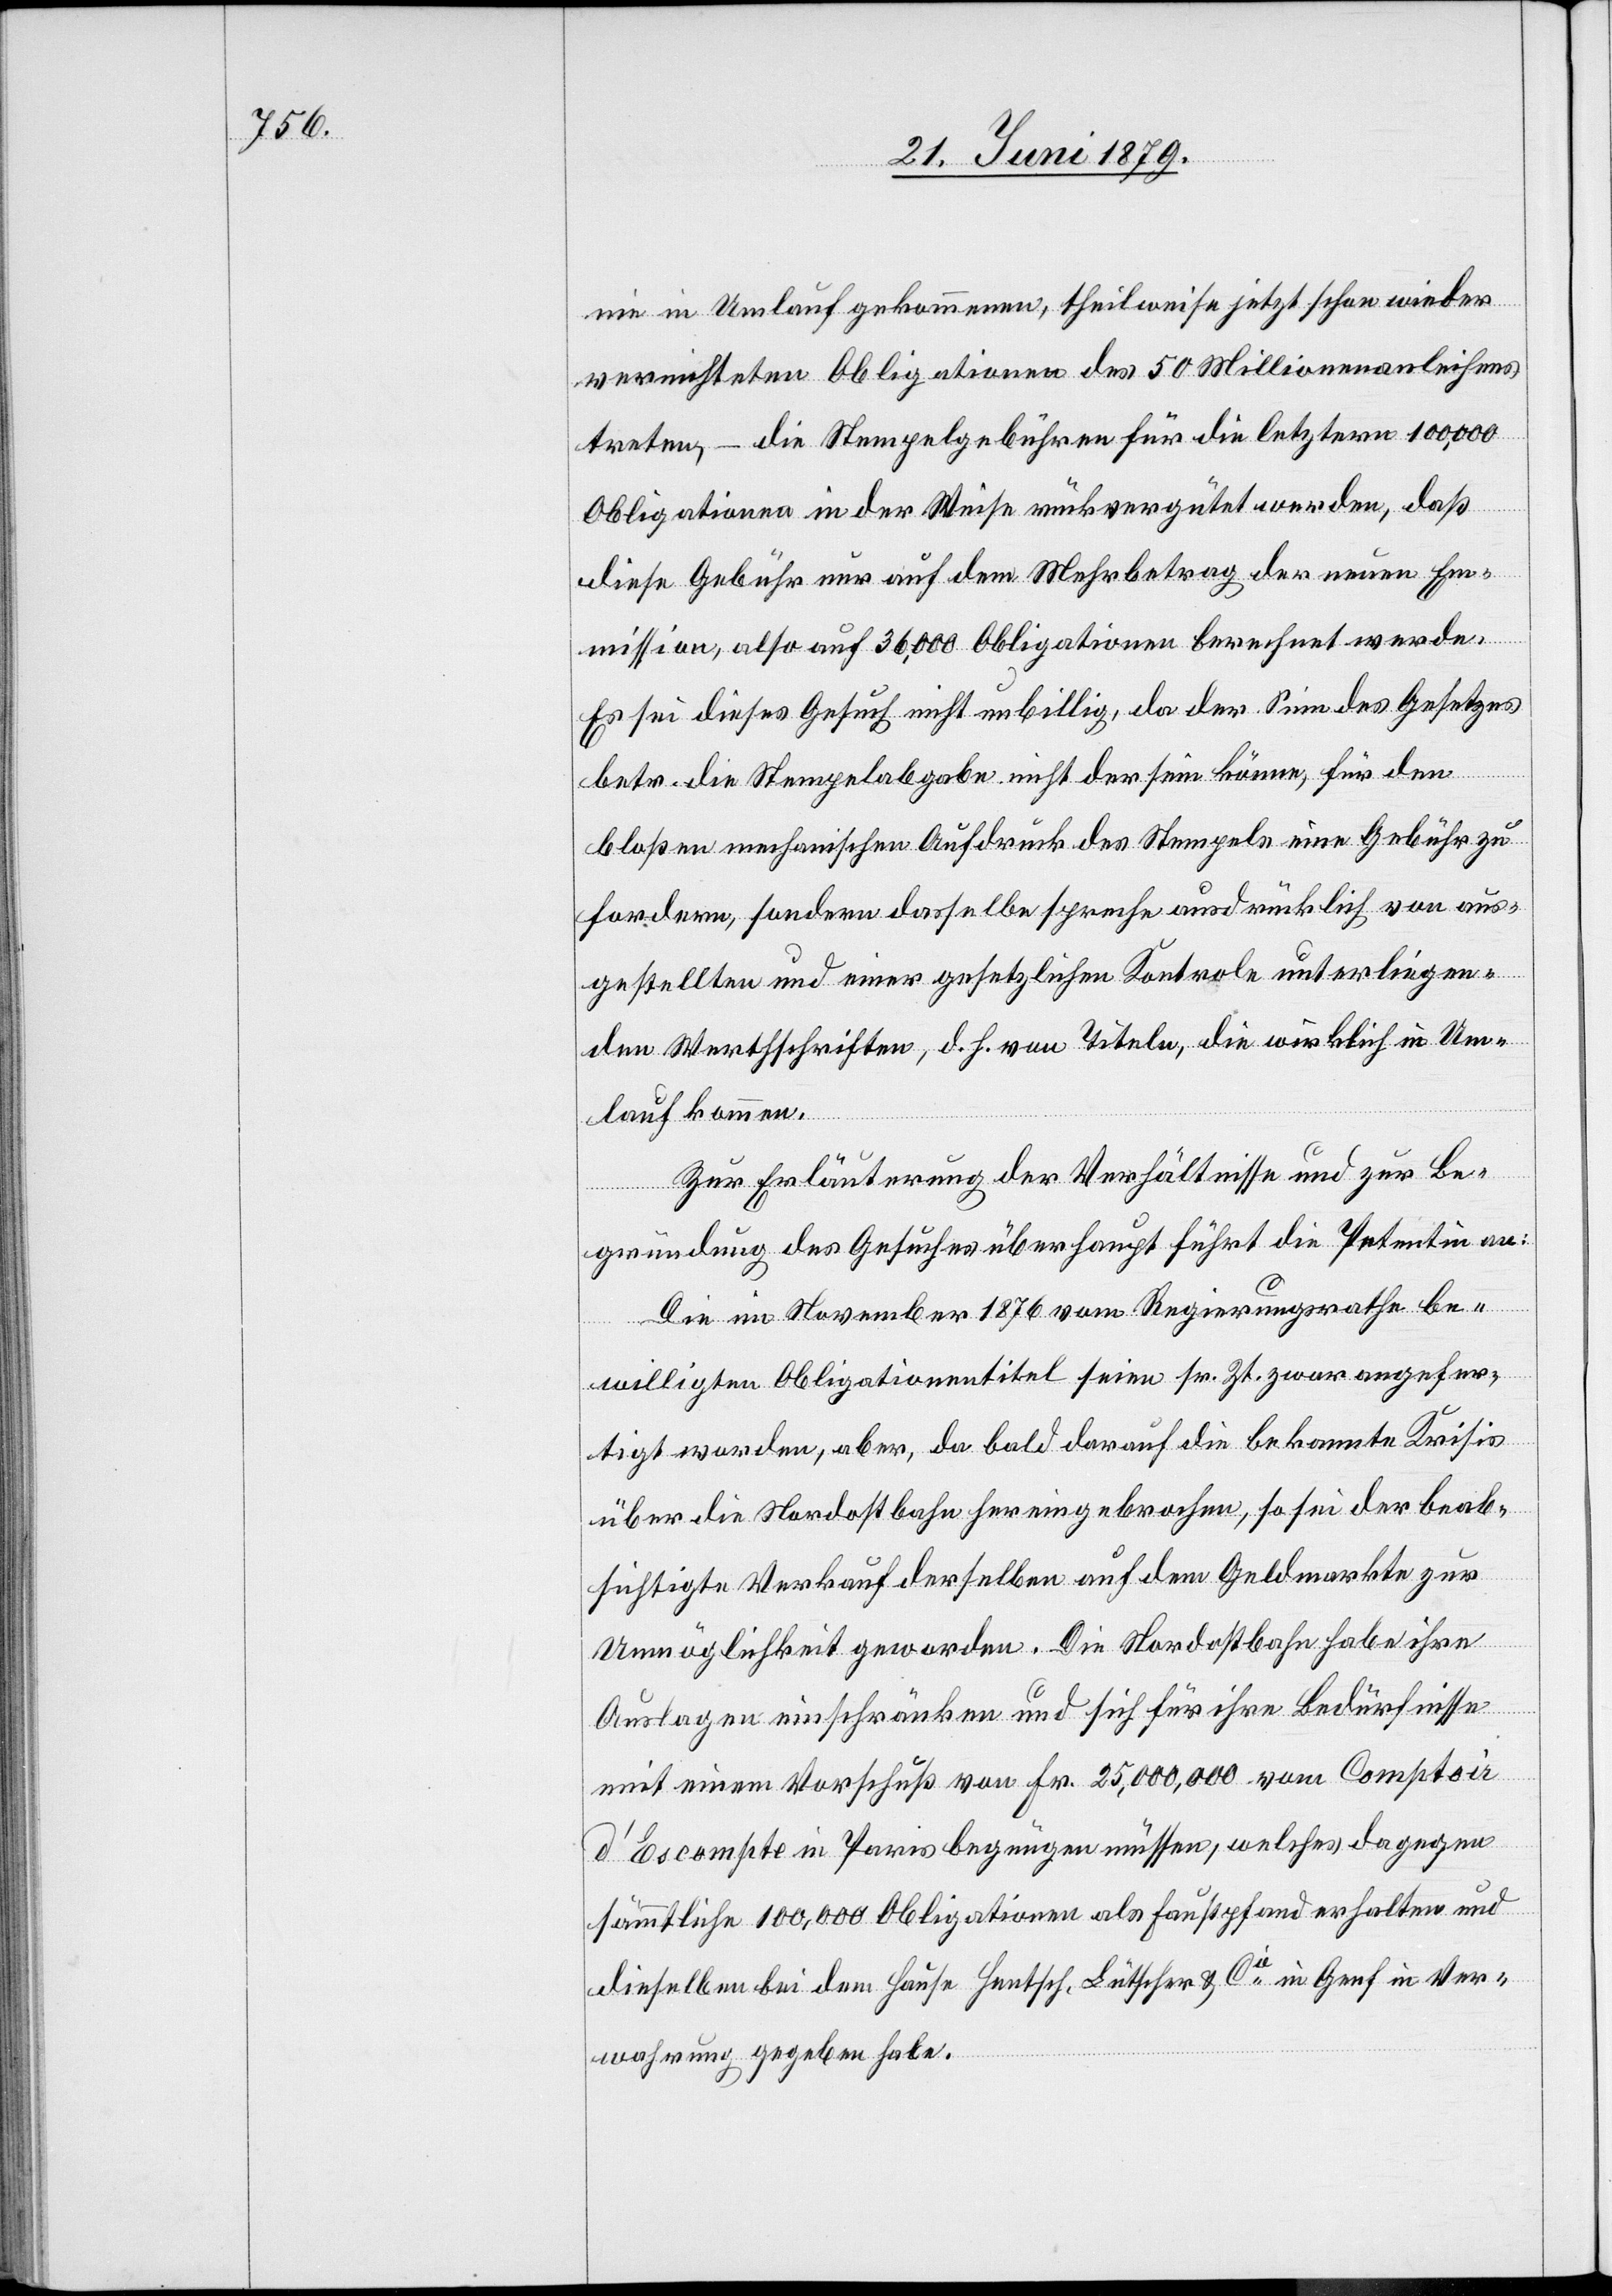
nie in Umlauf gekommenen, theilweise jetzt schon wieder
vernichteten Obligationen des 50 Millionenanleihens
treten, – die Stempelgebühren für die letztern 100,000
Obligationen in der Weise rückvergütet werden, daß
diese Gebühr nur auf dem Mehrbetrag der neuen Em¬
mission, also auf 36,000 Obligationen berechnet werde.
Es sei dieses Gesuch nicht unbillig, da der Sinn des Gesetzes
betr. die Stempelabgabe nicht der sein könne, für den
bloßen mechanischen Aufdruck des Stempels eine Gebühr zu
fordern, sondern dasselbe spreche ausdrücklich von aus¬
gestellten und einer gesetzlichen Kontrole unterliegen¬
den Werthschriften, d. h. von Titeln, die wirklich in Um¬
lauf kommen.
Zur Erläuterung der Verhältnisse und zur Be¬
gründung des Gesuches überhaupt führt die Petentin an:
Die im November 1876 vom Regierungsrathe be¬
willigten Obligationentitel seien sr. Zt. zwar angefer¬
tigt worden, aber, da bald darauf die bekannte Krisis
über die Nordostbahn hereingebrochen, so sei der beab¬
sichtigte Verkauf derselben auf dem Geldmarkte zur
Unmöglichkeit geworden. Die Nordostbahn habe ihre
Auslagen einschränken und sich für ihre Bedürfnisse
mit einem Vorschuß von Fr. 25,000,000 vom Comptoir
d’Escompte in Paris begnügen müssen, welches dagegen
sämmtliche 100,000 Obligationen als Faustpfand erhalten und
dieselben bei dem Hause Hentsch, Lütscher & Cie in Genf in Ve¬
wahrung gegeben habe.